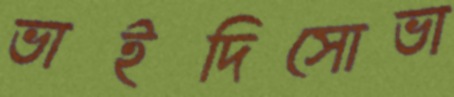
ভাইদিসোভা